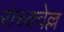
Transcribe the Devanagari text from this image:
रोच्क्वेल्ल